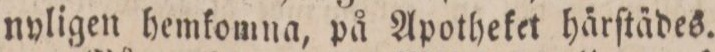
nyligen hemkomna, på Apotheket härſtädes.